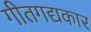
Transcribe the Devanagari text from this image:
गीतगद्यकार